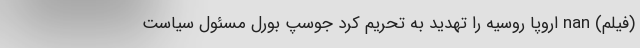
(فیلم) nan اروپا روسیه را تهدید به تحریم کرد جوسپ بورل مسئول سیاست